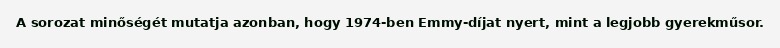
A sorozat minőségét mutatja azonban, hogy 1974-ben Emmy-díjat nyert, mint a legjobb gyerekműsor.